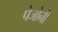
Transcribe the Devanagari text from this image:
पेजोनी